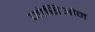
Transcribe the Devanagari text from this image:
जोसिओन